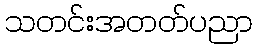
သတင်းအတတ်ပညာ